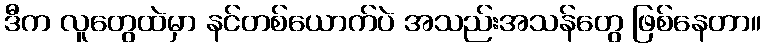
ဒီက လူတွေထဲမှာ နင်တစ်ယောက်ပဲ အသည်းအသန်တွေ ဖြစ်နေတာ။